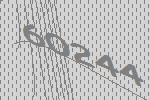
60244